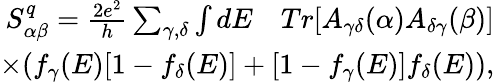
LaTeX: \begin{array}{r}{S_{\alpha\beta}^{q}=\frac{2e^{2}}{h}\sum_{\gamma,\delta}\int dE\quad Tr[A_{\gamma\delta}(\alpha)A_{\delta\gamma}(\beta)]}\\ {\times(f_{\gamma}(E)[1-f_{\delta}(E)]+[1-f_{\gamma}(E)]f_{\delta}(E)),}\end{array}